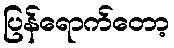
ပြန်ရောက်တော့